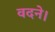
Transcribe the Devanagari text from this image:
वदने।